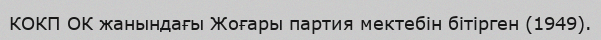
КОКП ОК жанындағы Жоғары партия мектебін бітірген (1949).